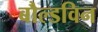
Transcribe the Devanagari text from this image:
बौल्डविन